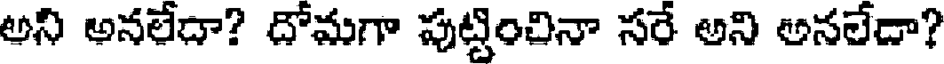
అని అనలేదా? దోమగా పుట్టించినా సరే అని అనలేదా?